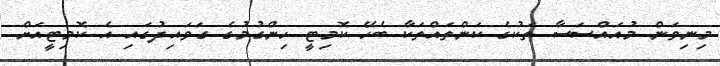
މިނިވަން މުއައްސަސާ ތަކުގެ ކަންތައްތަކާ ބެހޭ ކޮމިޓީ ހިންގުމުގެ ގަވައިދުގައި އެ ކޮމިޓީއަށް